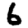
Digit: 6